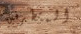
المتطرفين